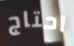
احتاج